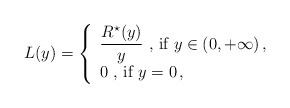
\begin{align*}L(y)=\left\{\begin{array}{l}\displaystyle{\frac{R^{\star}(y)}{y} \mbox{ , if } y \in (0,+\infty) \,,}\\ [0.2cm] 0 \mbox{ , if } y =0 \,,\end{array}\right.\end{align*}